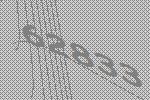
62833